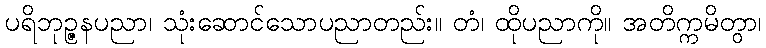
ပရိဘုဉ္ဇနပညာ၊ သုံးဆောင်သောပညာတည်း။ တံ၊ ထိုပညာကို။ အတိက္ကမိတွာ၊